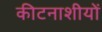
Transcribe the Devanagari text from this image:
कीटनाशीयों